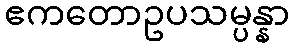
ဧကတောဥပသမ္ပန္နာ